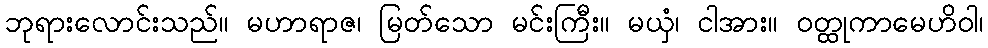
ဘုရားလောင်းသည်။ မဟာရာဇ၊ မြတ်သော မင်းကြီး။ မယှံ၊ ငါအား။ ဝတ္ထုကာမေဟိဝါ၊